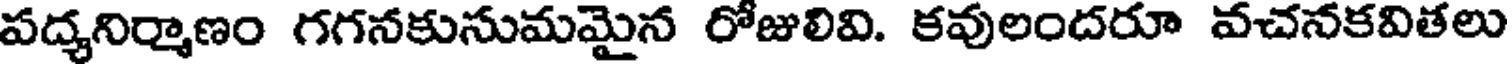
పద్యనిర్మాణం గగనకుసుమమైన రోజులివి. కవులందరూ వచనకవితలు